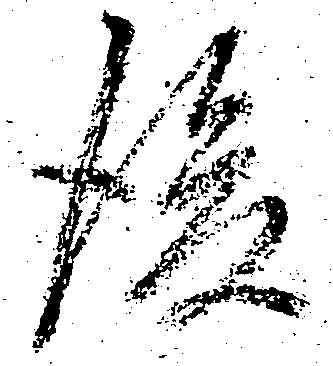
後